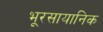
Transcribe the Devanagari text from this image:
भूरसायानिक